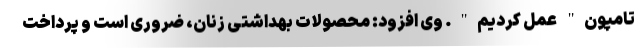
تامپون" عمل کردیم". وی افزود: محصولات بهداشتی زنان، ضروری است و پرداخت